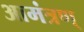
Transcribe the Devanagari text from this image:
आमंत्रण्